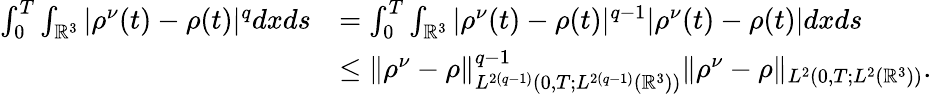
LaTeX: \begin{array}{rl}{\int_{0}^{T}\int_{\mathbb{R}^{3}}|\rho^{\nu}(t)-\rho(t)|^{q}dxds}&{=\int_{0}^{T}\int_{\mathbb{R}^{3}}|\rho^{\nu}(t)-\rho(t)|^{q-1}|\rho^{\nu}(t)-\rho(t)|dxds}\\ &{\leq\| \rho^{\nu}-\rho\| _{L^{2(q-1)}(0,T;L^{2(q-1)}(\mathbb{R}^{3}))}^{q-1}\| \rho^{\nu}-\rho\| _{L^{2}(0,T;L^{2}(\mathbb{R}^{3}))}.}\end{array}